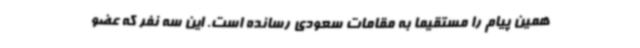
همین پیام را مستقیما به مقامات سعودی رسانده است. این سه نفر که عضو